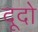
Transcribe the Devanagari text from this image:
दूदो